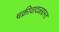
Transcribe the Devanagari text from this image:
चक्रीवादळग्रस्त